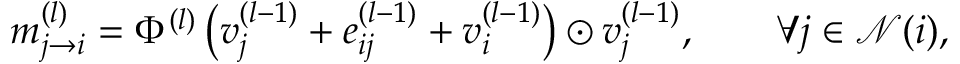
m _ { j \rightarrow { i } } ^ { ( l ) } = \Phi ^ { ( l ) } \left( v _ { j } ^ { ( l - 1 ) } + e _ { i j } ^ { ( l - 1 ) } + v _ { i } ^ { ( l - 1 ) } \right) \odot v _ { j } ^ { ( l - 1 ) } , \qquad \forall j \in \mathcal { N } ( i ) ,